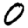
Digit: 0